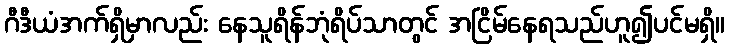
ဂီဒီယံအက်ရှိမှာလည်း နေသူရိန်ဘုံရိပ်သာတွင် အငြိမ်နေရသည်ဟူ၍ပင်မရှိ။